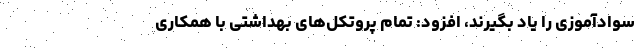
سوادآموزی را یاد بگیرند، افزود: تمام پروتکل‌های بهداشتی با همکاری